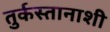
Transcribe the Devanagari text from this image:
तुर्कस्तानाशी